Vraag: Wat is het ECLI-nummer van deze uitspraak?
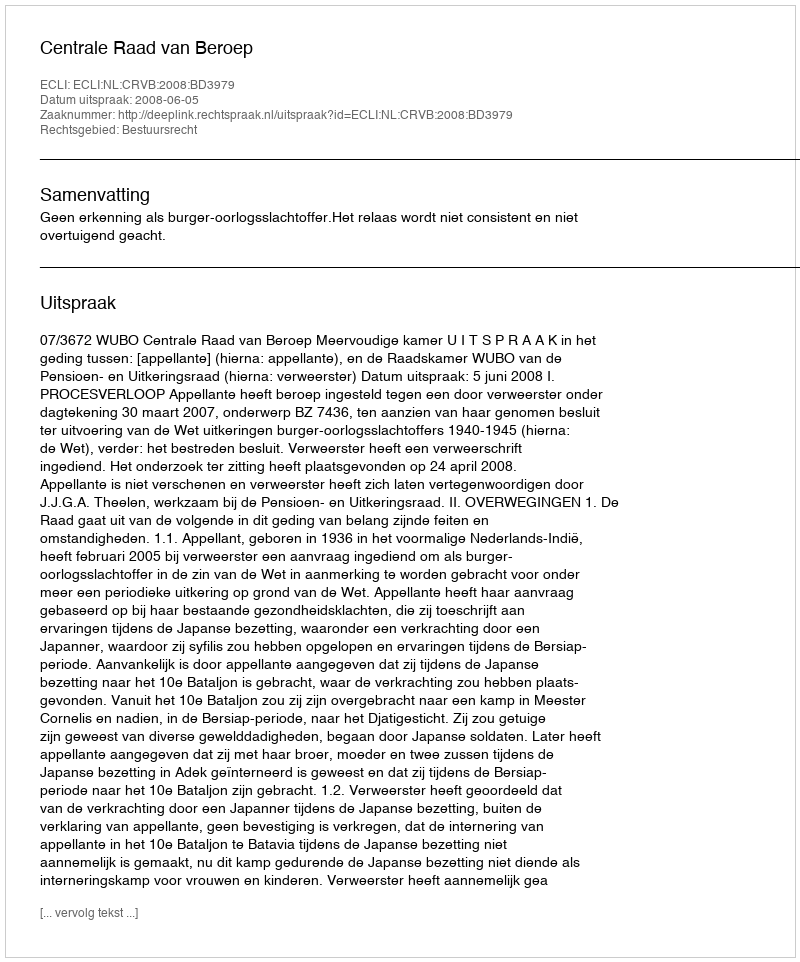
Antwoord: ECLI:NL:CRVB:2008:BD3979